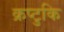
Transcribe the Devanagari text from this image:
क्रप्टुकि